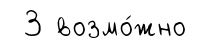
3 возмо́жно